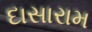
દાસારામ